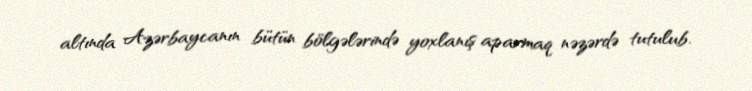
altında Azərbaycanın bütün bölgələrində yoxlanış aparmaq nəzərdə tutulub.